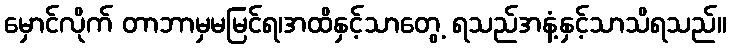
မှောင်လိုက် တာဘာမှမမြင်ရ၊အထိနှင့်သာတွေ့ ရသည်အနံ့နှင့်သာသိရသည်။